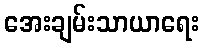
အေးချမ်းသာယာရေး